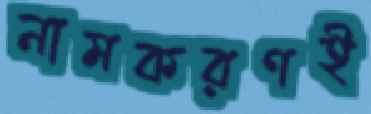
নামকরণই